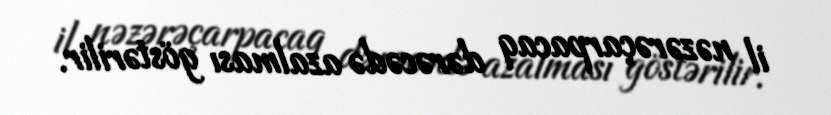
il nəzərəçarpacaq dərəcədə azalması göstərilir.